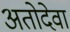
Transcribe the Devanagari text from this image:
अतोदेवा